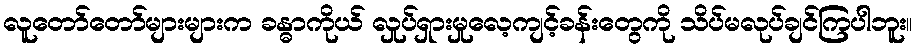
လူတော်တော်များများက ခန္ဓာကိုယ် လှုပ်ရှားမှုလေ့ကျင့်ခန်းတွေကို သိပ်မလုပ်ချင်ကြပါဘူး။